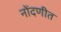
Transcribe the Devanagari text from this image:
नोंदणीत